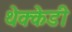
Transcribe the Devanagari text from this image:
थेक्केडी